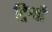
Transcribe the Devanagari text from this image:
ट्रिग्वी